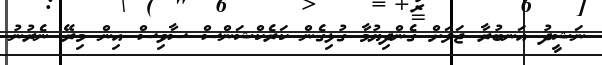
ނަޝީދު އަނބުރާ ޖަލަށް ގެންދިޔުމާ ގުޅިގެން ކަރެކްޝަންސް ސާވިސް އިން މިރޭ ނެރުނު